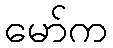
မော်က